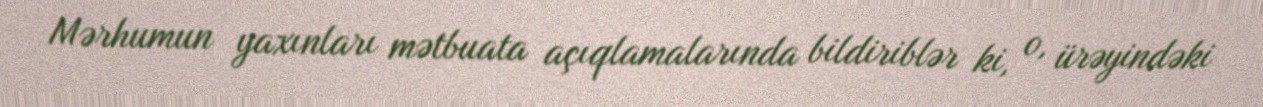
Mərhumun yaxınları mətbuata açıqlamalarında bildiriblər ki, o, ürəyindəki